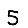
Digit: 5